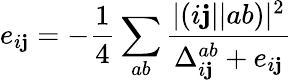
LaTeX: e_{i\mathbf{j}}=-\frac{{1}}{{4}}\sum_{ab}\frac{{|(i\mathbf{j}||ab)|^{2}}}{{\Delta_{i\mathbf{j}}^{ab}+e_{i\mathbf{j}}}}